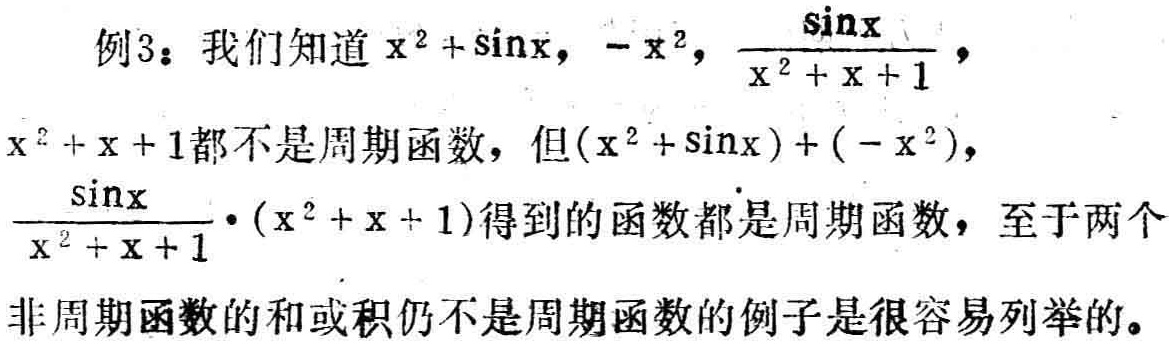
例3：我们知道$x^{2}+\sin x$，$-x^{2}$，$\frac{\sin x}{x^{2}+x + 1}$，$x^{2}+x + 1$都不是周期函数，但$(x^{2}+\sin x)+(-x^{2})$，$\frac{\sin x}{x^{2}+x + 1}\cdot(x^{2}+x + 1)$得到的函数都是周期函数，至于两个非周期函数的和或积仍不是周期函数的例子是很容易列举的。